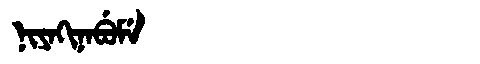
Manchu: ᠨᡳᠶᠠᡴᡳᠨᠠᠪᡠᠮᡝ
Romanization: NIYAKINABUME